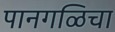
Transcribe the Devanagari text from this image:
पानगळिचा